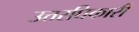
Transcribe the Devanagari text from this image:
उत्तरघिकारी